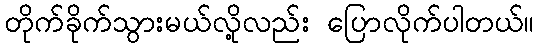
တိုက်ခိုက်သွားမယ်လို့လည်း ပြောလိုက်ပါတယ်။